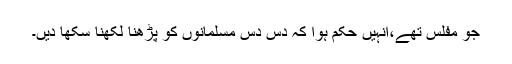
جو مفلس تھے،انہیں حکم ہوا کہ دس دس مسلمانوں کو پڑھنا لکھنا سکھا دیں۔